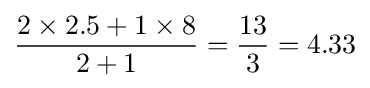
{\frac {2\times 2.5+1\times 8}{2+1}}={\frac {13}{3}}=4.33